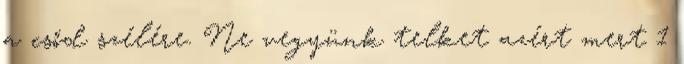
a csőd szélére. Ne vegyünk telket azért mert 1